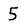
Digit: 5